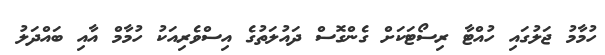
ހުމާމު ޖަލުގައި ހުއްޓާ ރިސޯޓަކަށް ގެންގޮސް ދައުލަތުގެ އިސްވެރިއަކު ހުމާމް އާއި ބައްދަލު